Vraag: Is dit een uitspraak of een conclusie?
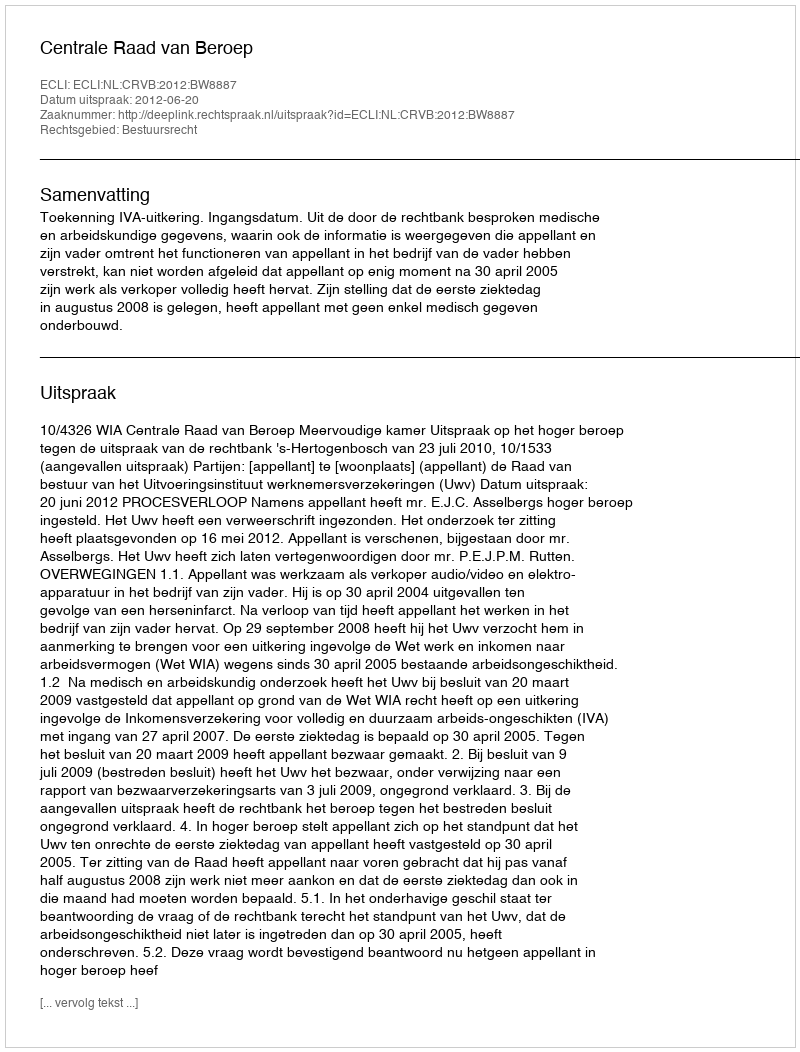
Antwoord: Uitspraak